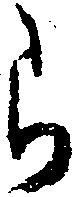
ら